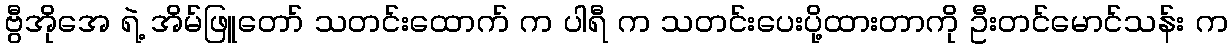
ဗွီအိုအေ ရဲ့ အိမ်ဖြူတော် သတင်းထောက် က ပါရီ က သတင်းပေးပို့ထားတာကို ဦးတင်မောင်သန်း က